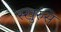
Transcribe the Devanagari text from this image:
स्खुरुंस